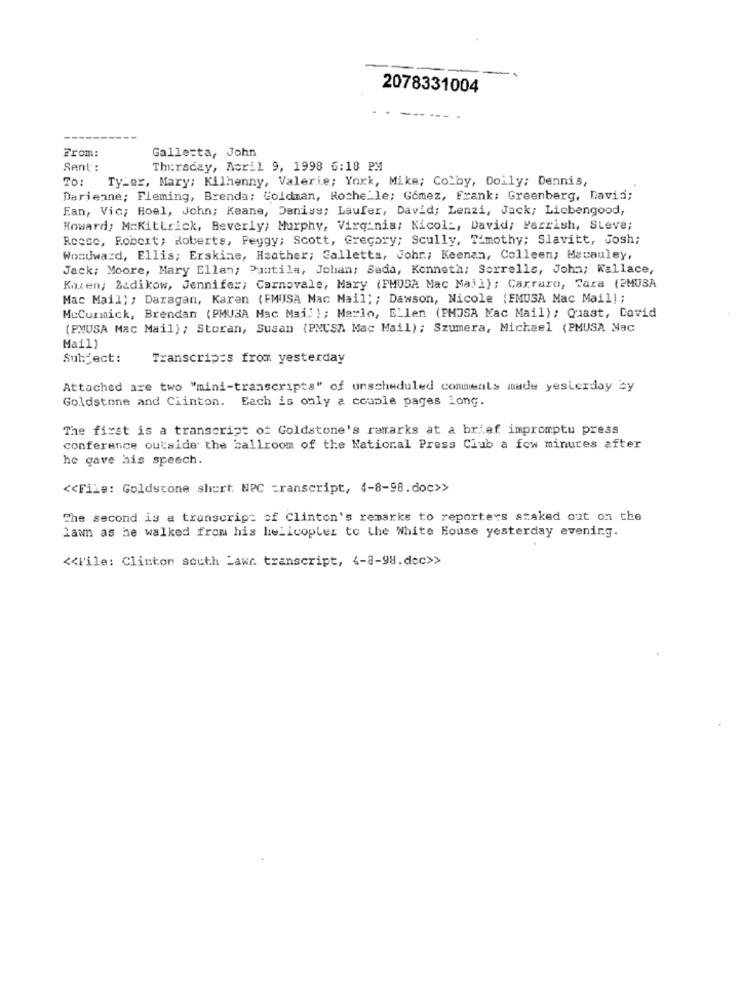
2078331004
From:
Gallesta, John
Sent :
Thursday, Acril 9, 1998 6:18 PM
To: TyLer, Mary; Kilhenny, Valerie; York, Mike; Colby, Doily; Dennis,
Darienne; Fleming, Brenda; Goldman, Roche_le; Gomez, Frank; Greenberg, David;
Ean, Vic; Hoel, John; Keane, Denise; Laufer, David; Lenzi, Jack; Liebengood,
Howard; MaKittrick, Beverly; Murphy, Virginia: Nicol :, David; Parrish, Steve;
Reese, Robert; Roberts, Peggy; Scott, Gregory; Scully, Timothy; Slavitt, Josh;
Woodward, Ellis; Erskine, Heather; Galletta, Johr .; Keenan, Colleen; Macauley,
Jack: Moore, Mary Ellen; Puntila, Johan; Seda, Kenneth; Sorrells, John; Kallace,
Knxen; Zadikow, Jennifer; Carnovale, Mary (FMUSA Mac Mail); Carraro, Cara (2MUSA
Mac Mail ;; Daragan, Karen (EMUISA Mac Mail; ; Dawson, Nicole (FMUSA Mac Mail);
McCormick, Brendan (PMUSA Mac Mai" }; Marlo, ELlen (PMOSA Mac Mail) ; Quast, Cavid
(PMUSA Mac Mail); Storan, Susan (PNCSA Mac Mail) ; Szumera, Michael (PMUSA Mac
Mail)
Subject:
Transcripts from yesterday
Attached are two "mini-transcripts" of unscheduled comments made yesterday by
Goldstone and Ciinton. Each is only a couple pages long.
The first is a transcript of Goldstone's remarks at a brief impromptu press
conference outside the ballroom of the National Press Club a few minutes after
he gave his speech.
<< File: Goldscone short. NPC =ranscript, 4-8-98.doc>>
The second is a transcript of Clinton's remarks to reporters staked out on the
lawn as he walked from his helicopter to the White House yesterday evening.
<< File: Clinton south Lawr transcript, 4-8-98.dec>>